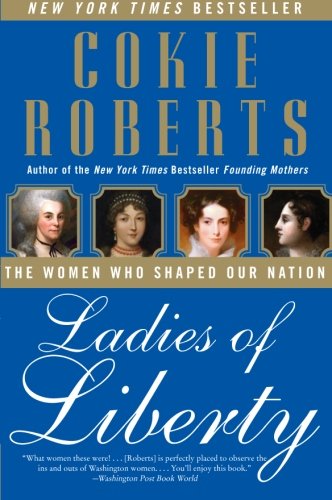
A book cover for Ladies of Liberty: The Women Who Shaped Our Nation; Cokie Roberts; History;